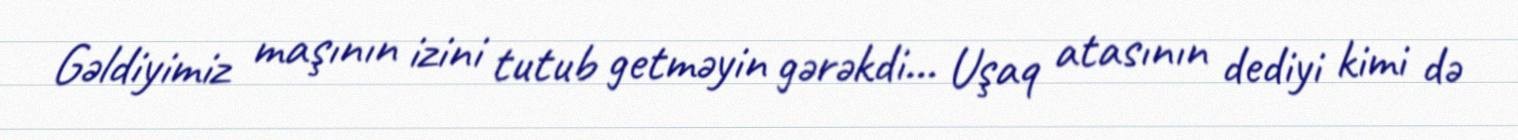
Gəldiyimiz maşının izini tutub getməyin gərəkdi... Uşaq atasının dediyi kimi də